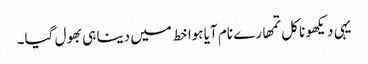
یہی دیکھو نا کل تمھارے نام آیا ہوا خط میں دینا ہی بھول گیا۔